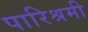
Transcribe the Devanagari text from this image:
पारिश्रमी